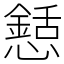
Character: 懖